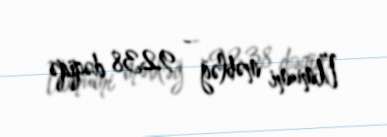
Ümumi məbləğ - 9238 dəqiqə